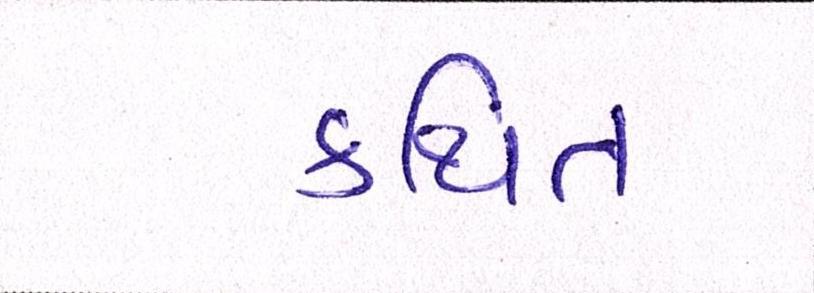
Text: કથિત